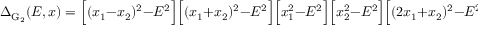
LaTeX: \Delta _ { \mathrm { G } _ { 2 } } ( E , x ) = \Big [ ( x _ { 1 } - x _ { 2 } ) ^ { 2 } - E ^ { 2 } \Big ] \Big [ ( x _ { 1 } + x _ { 2 } ) ^ { 2 } - E ^ { 2 } \Big ] \Big [ x _ { 1 } ^ { 2 } - E ^ { 2 } \Big ] \Big [ x _ { 2 } ^ { 2 } - E ^ { 2 } \Big ] \Big [ ( 2 x _ { 1 } + x _ { 2 } ) ^ { 2 } - E ^ { 2 } \Big ] \Big [ ( x _ { 1 } + 2 x _ { 2 } ) ^ { 2 } - E ^ { 2 } \Big ]